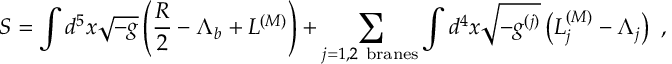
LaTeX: S = \int d ^ { 5 } x \sqrt { - g } \left( { \frac { R } { 2 } } - \Lambda _ { b } + { \cal L } ^ { ( M ) } \right) + \sum _ { j = 1 , 2 \ \mathrm { b r a n e s } } \int d ^ { 4 } x \sqrt { - g ^ { ( j ) } } \left( { \cal L } _ { j } ^ { ( M ) } - \Lambda _ { j } \right) ~ ,